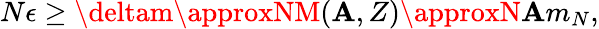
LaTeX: N\epsilon\geq\deltam\approxNM(\mathbf{A},Z)\approxN\mathbf{A}m_{N},